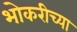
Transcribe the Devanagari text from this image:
भोकरीच्या